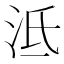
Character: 泜